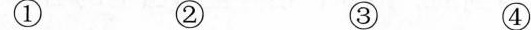
① ② ③ ④